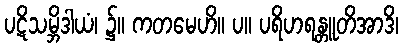
ပဋိသမ္ဘိဒါယံ၊ ၌။ ကတမေဟိ။ ပ။ ပရိဟရန္တူတိအာဒိ၊